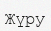
Жүру